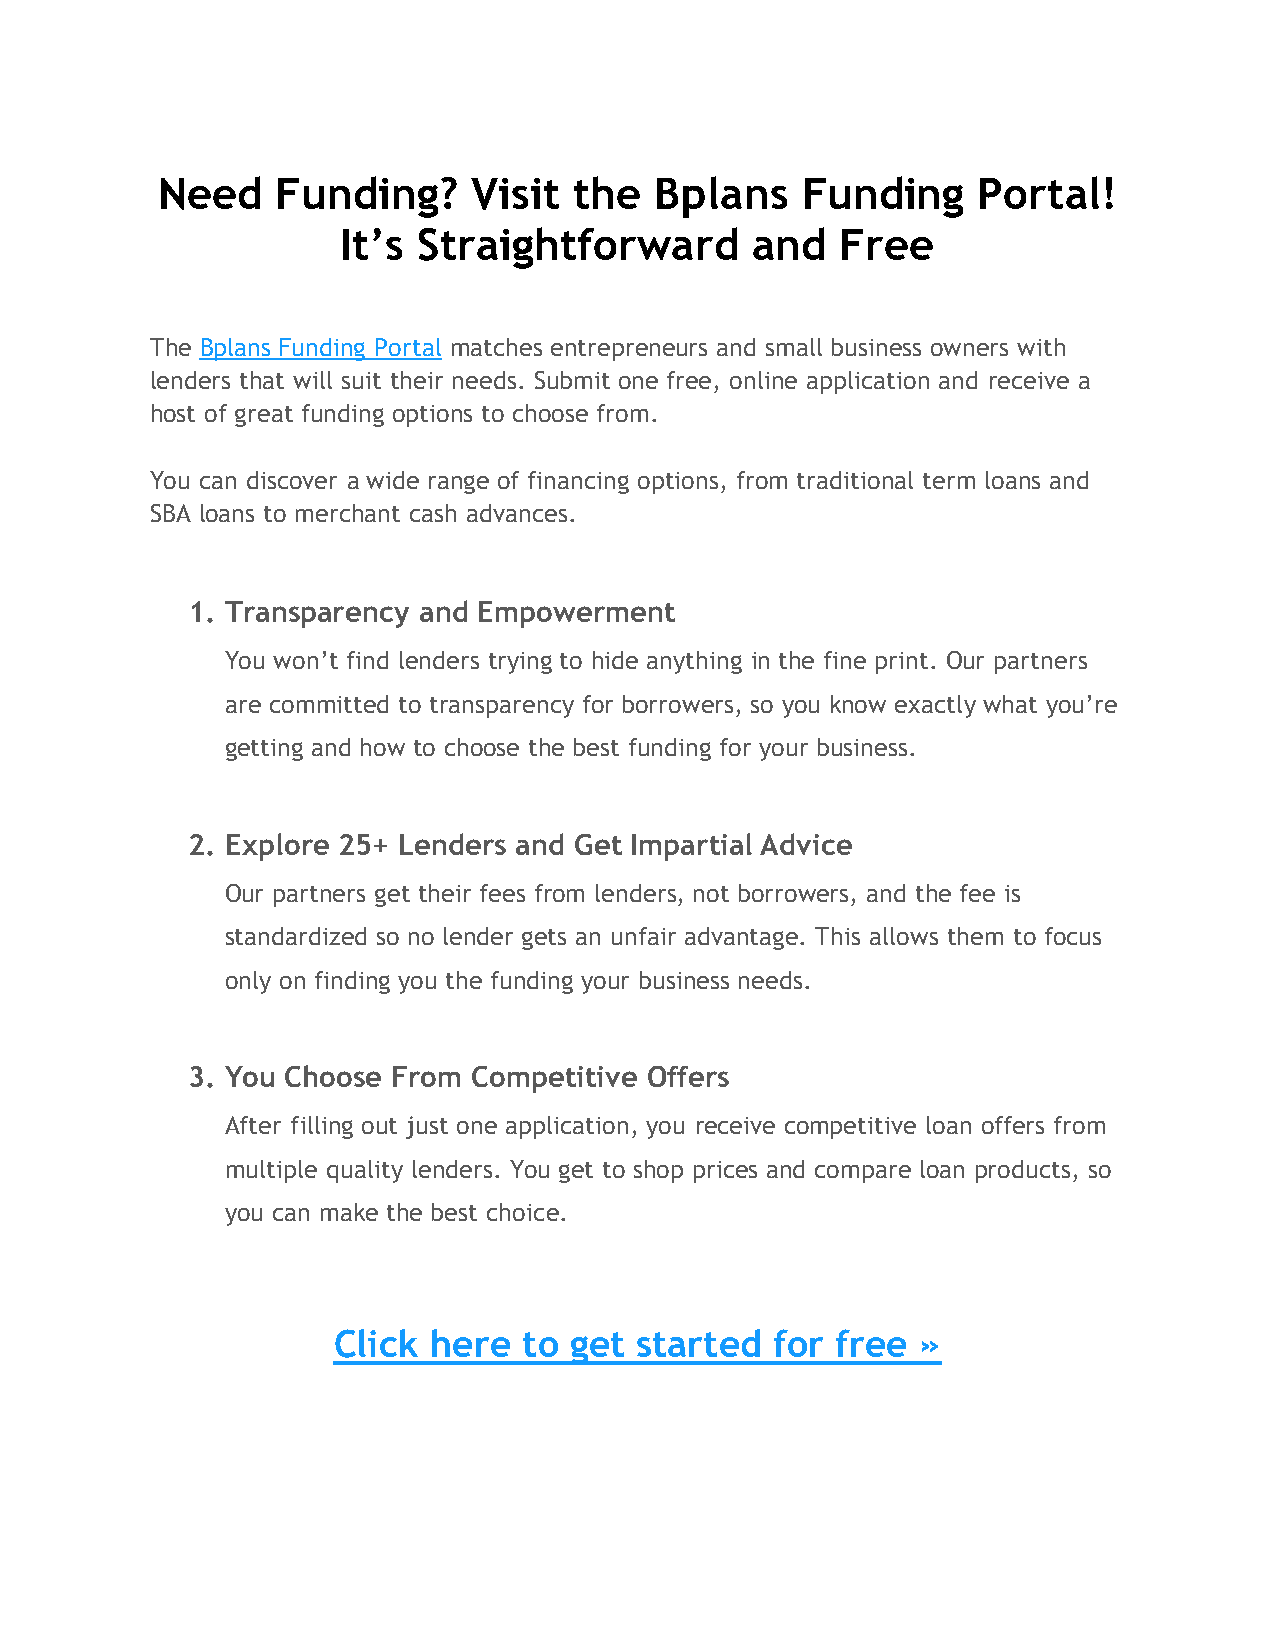
Need    Funding?     Visit  the  Bplans    Funding     Portal!
 It’s Straightforward       and   Free
 The Bplans Funding Portal matches entrepreneurs and small business owners with
 lenders that will suit their needs. Submit one free, online application and receive a
 host of great funding options to choose from.
 You can discover a wide range of financing options, from traditional term loans and
 SBA loans to merchant cash advances.
 1. Transparency and Empowerment
 You won’t find lenders trying to hide anything in the fine print. Our partners
 are committed to transparency for borrowers, so you know exactly what you’re
 getting and how to choose the best funding for your business.
 2. Explore 25+ Lenders and Get Impartial Advice
 Our partners get their fees from lenders, not borrowers, and the fee is
 standardized so no lender gets an unfair advantage. This allows them to focus
 only on finding you the funding your business needs.
 3. You Choose From Competitive Offers
 After filling out just one application, you receive competitive loan offers from
 multiple quality lenders. You get to shop prices and compare loan products, so
 you can make the best choice.
 Click here   to get started  for free  »